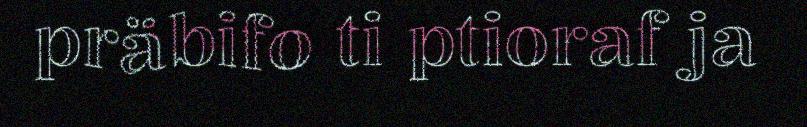
präbifo ti ptioraf ja